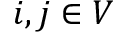
i , j \in V